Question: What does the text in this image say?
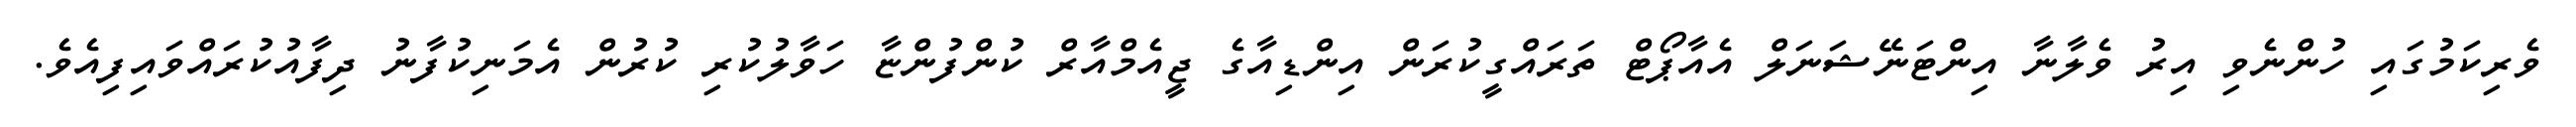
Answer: ވެރިކަމުގައި ހުންނެވި އިރު ވެލާނާ އިންޓަނޭޝަނަލް އެއާޕޯޓް ތަރައްގީކުރަން އިންޑިއާގެ ޖީއެމްއާރް ކުންފުންޏާ ހަވާލުކުރި ކުރުން އެމަނިކުފާނު ދިފާއުކުރައްވައިފިއެވެ.